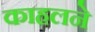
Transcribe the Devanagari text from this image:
काहलने